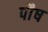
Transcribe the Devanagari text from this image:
पाैष